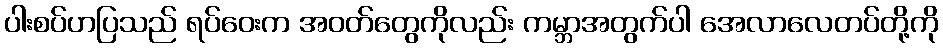
ပါးစပ်ဟပြသည် ရပ်ဝေးက အဝတ်တွေကိုလည်း ကမ္ဘာအတွက်ပါ အေလာလေတပ်တို့ကို